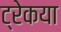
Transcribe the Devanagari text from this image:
ट्रेकया